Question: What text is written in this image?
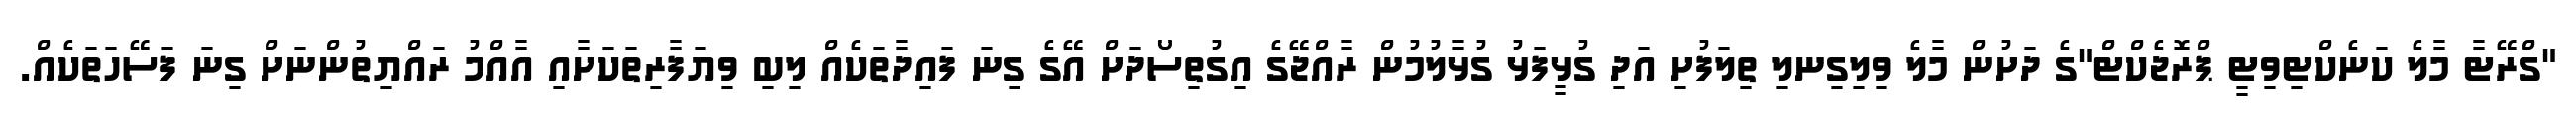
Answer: "ގްރޭޓާ މާލެ ކަނެކްޓިވިޓީ ޕްރޮޖެކްޓް"ގެ ދަށުން މާލެ ވިލިގިނލި ތިލަފުށި އަދި ގުޅީފަޅު ގުޅާލުމުން ރާއްޖޭގެ އިގުތިސޯދަށް އޭގެ ގިނަ ފައިދާތަކެއް ލިބި ވިޔަފާރިތަކަށާއި އާއްމު ރައްޔިތުންނަށް ގިނަ ފަސޭހަތަކެއް.